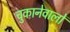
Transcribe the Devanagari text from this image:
चुकानेवालों